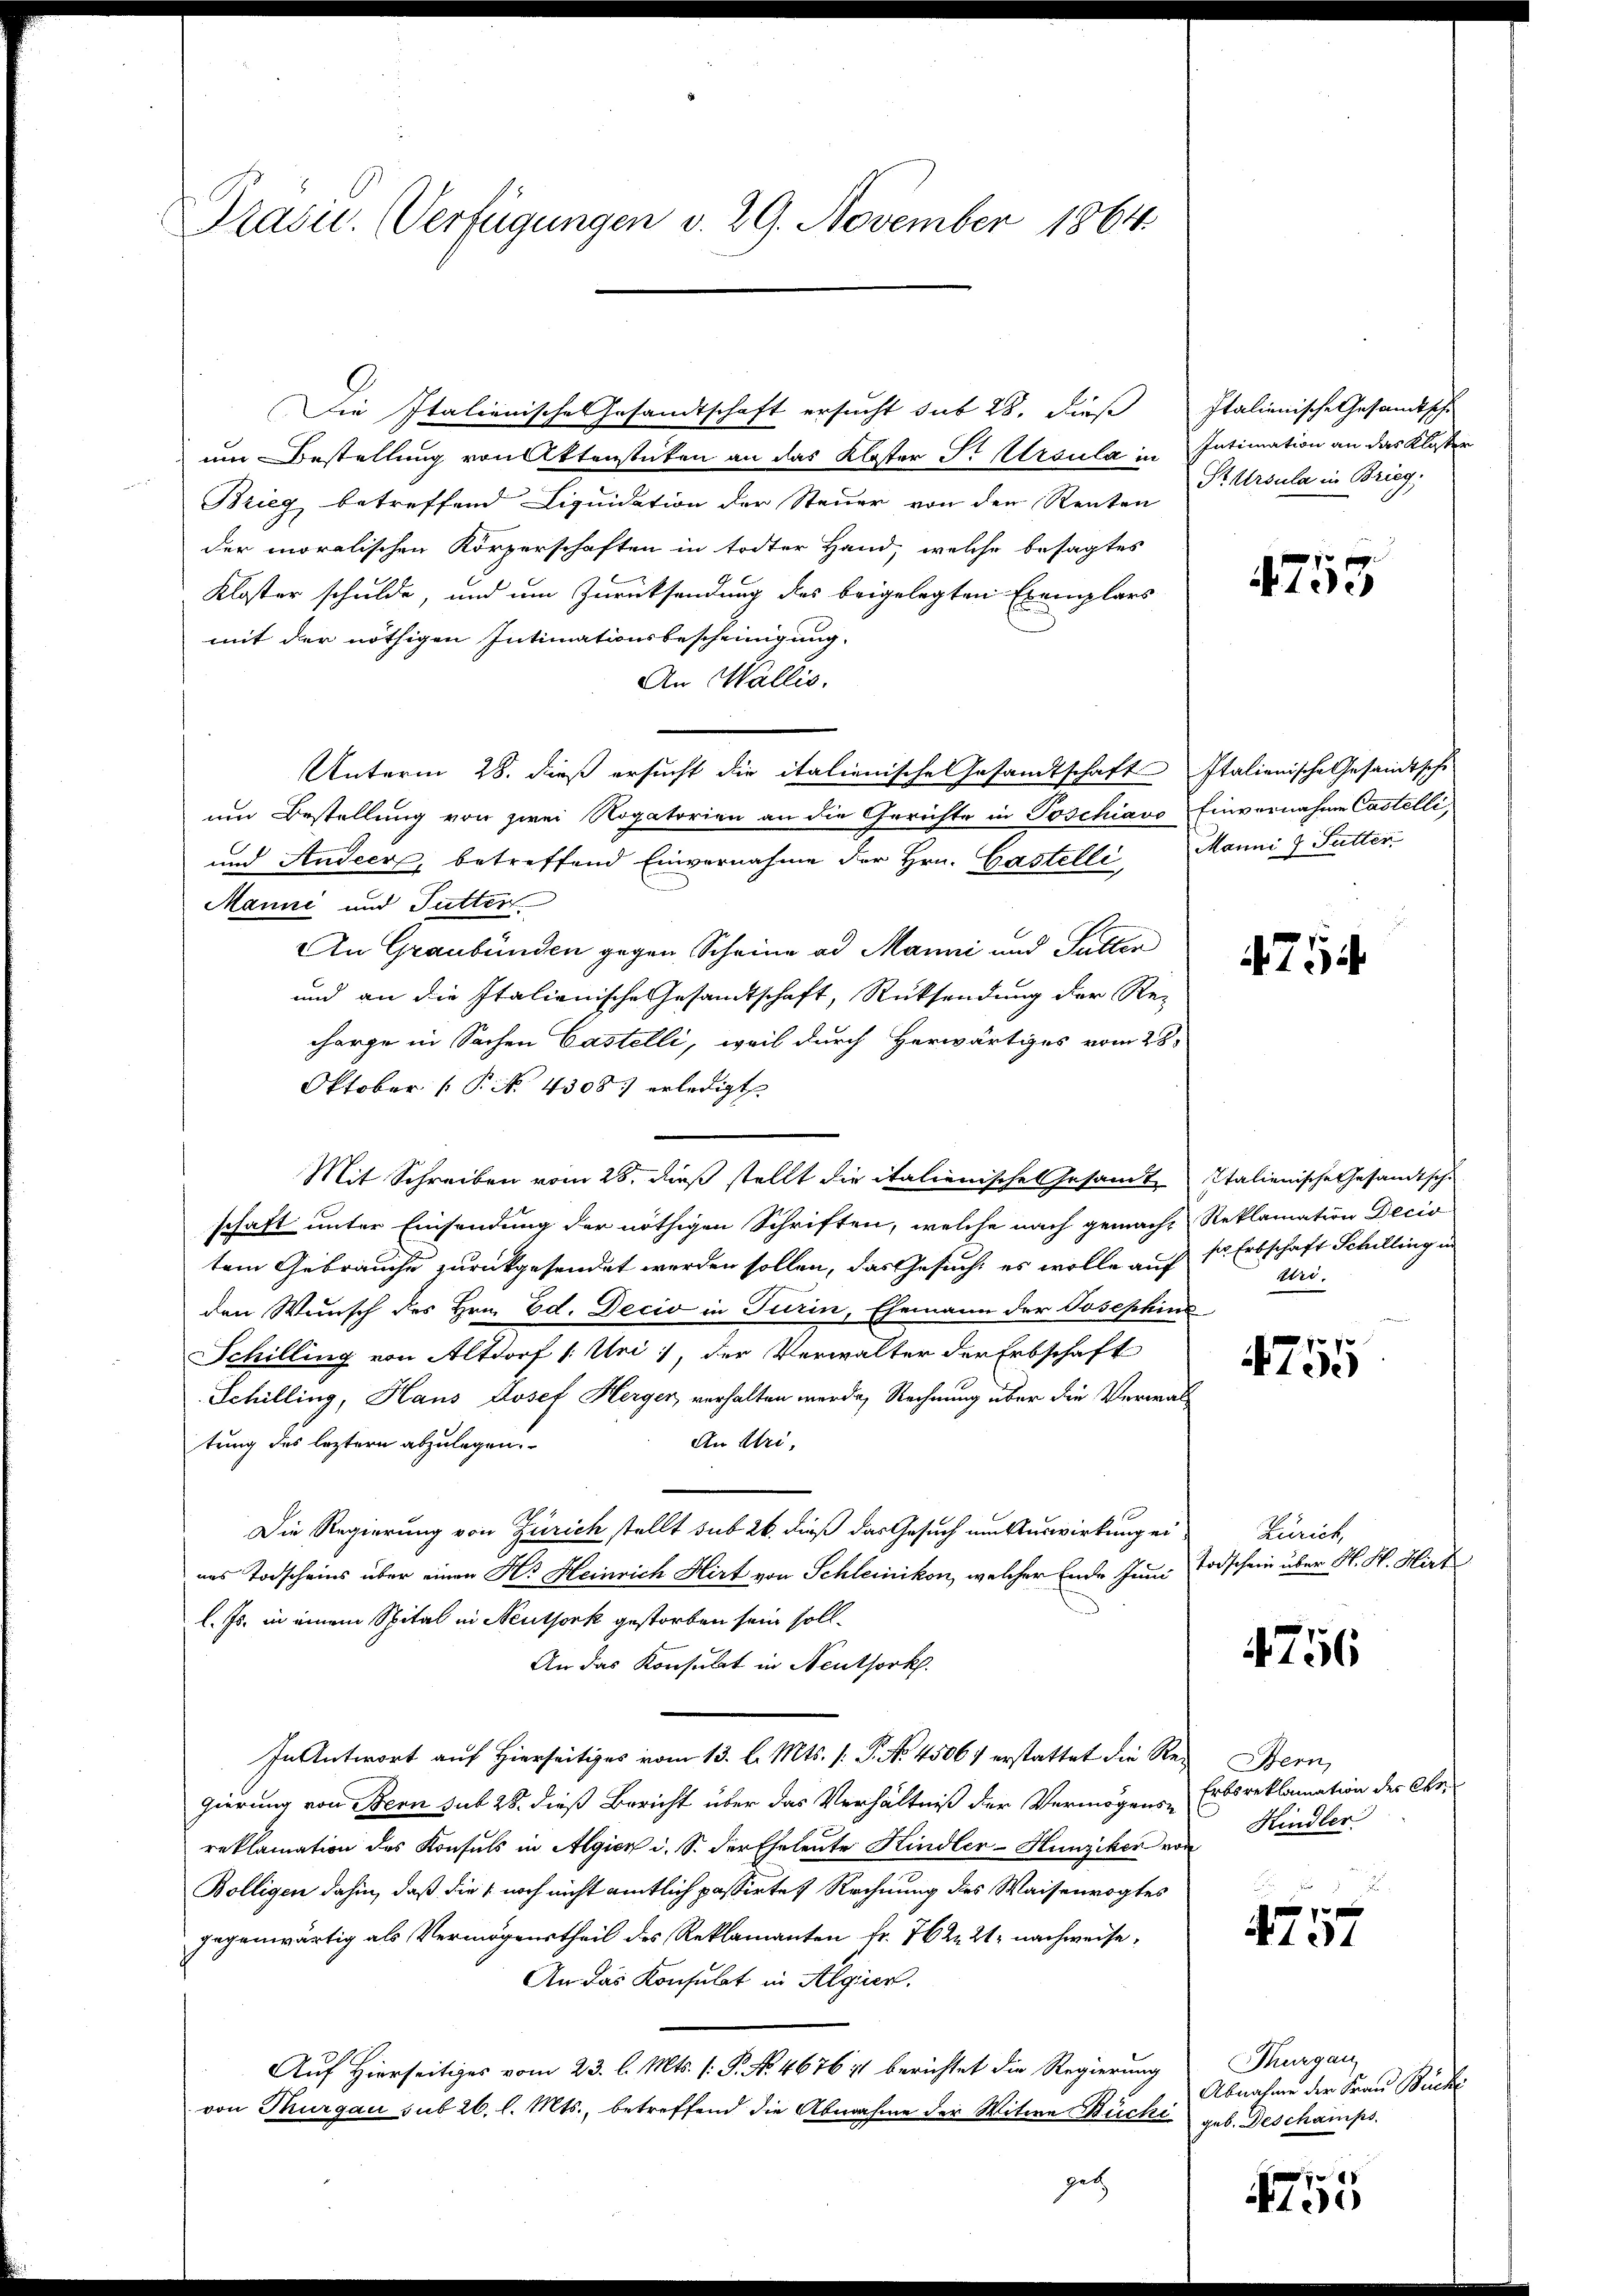
Prasie. Verfügungen v. 29. November 1864.

Die Italienische Gesandtschaft ersucht sub 28. Dieß Italienische Gesandtsche
um Bestellung von Aktenstücken an das Kloster S. Ursula in Intimation an das Klasser
Brieg betreffend Liquidation der Steuer von den Renten
der moralischen Körperschaften in todter Hand, welche besagtes
Kloster schulde, und um Zurücksendung des beigelegten Exemplars
mit der nöthigen Intimationsbescheinigung.
An Wallis.
Unterm 28. dieß ersucht die italienische Gesandtschaft Italienische Gesandtschi
um Bestellung von zwei Rogatorien an die Gerichte in Poschiavo Einvernahme Castelli,
C
und Andeer, betreffend Einvernahme der Hrn. Gastelle Manni 7 Sutter,
Manni und Futter
An Graubünden gegen Scheine ad Manni und Futter
und an die Italienische Gesamtschaft, Rücksendung der Re-
charge in Sachen Castelli, weil durch Herwärtiges vom 28.
Oktober (T. N. 4308. erledigt
Mit Schreiben vom 28. dieß stellt die italienische Gesamt Italienische Gesandtsche
schaft unter Einsendung der nöthigen Schriften, welche nach gemache Reklamation Decio
tem Gebrauche zurückgesendet werden sollen, das Gesuch, es wolle auf Sr. Erbschaft Schilling in
den Wunsch des Hrn. Ed. Decio in Turin, Ehemann der Josephins
Schilling von Altdorf (: Uri, der Verwalter der Erbschaft
Schilling, Haus Josef Herger verhalten werde, Rechnung über die Verwal¬
An Uri,
tung des leztern abzulegen.
Die Regierung von Zürich stellt sub 26. dieß das Gesuch um Auswirkung ei
nes Todscheins über einen H. Heinrich Hirt von Schleinikon, welcher Ende Juni
l. Js. in einem Spital in Neuthork gestorben sein soll.
An das Konsulat in Neuthork.
In Antwort auf Hierseits vom 13. l. Mts. (: P. No 45067 erstattet die Red Bern,
gierung von Bern sub 28. dieß Bericht über das Verhältniß der Vermögensreklamation des Konsuls in Algien d. S. der Eheleute Kindler-Hunziker von
Bölligen dahin, daß die noch nicht amtlich passirte Rechnung des Waisenvogtes
gegenwärtig als Vermögenstheil des Reklamanten fr. 762. 21 nachweise¬
An das Konsulat in Algier.
Auf Hierseitiges vom 23. l. Mts. 1. P. No. 467671 berichtet die Regierung Thurgau
von Thurgau sub 26. l. Mts., betreffend die Abnahme der Witwe Bücki geb. Deschamps.
get

StUrsula in Brieg,

4753

4714

Eier.

4755

Kunit
toischein über N. St. Mirt

4756

Erbsreklamation des Oer¬
Kindler

4757

Abnahme der Frau Bäcke

e
Niede